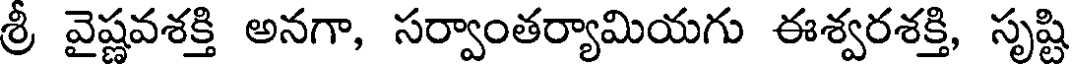
శ్రీ వైష్ణవశక్తి అనగా, సర్వాంతర్యామియగు ఈశ్వరశక్తి, సృష్టి